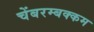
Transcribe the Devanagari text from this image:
चेंबरम्बक्कम